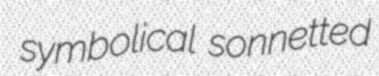
symbolical sonnetted